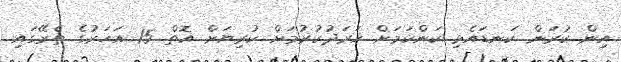
އިން ކުރަން ކަނޑައެޅި ކަންކަމަށް ޚަރަދުކުރުމަށް ކުރިޔަށް އޮތް 15 އަހަރުގެ ތެރޭގައި